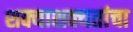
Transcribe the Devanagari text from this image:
शक्याशक्यतांचा